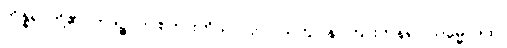
ကိန္နရာတို့၏။ ဣဒဉ္စ၊ ဤစကားကိုသာလျင်။ သုတွာ န၊ ကြားကုန်၍။ သမ္မောဒထ၊